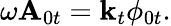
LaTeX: \omega\mathbf{A}_{0t}=\mathbf{k}_{t}\phi_{0t}.